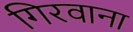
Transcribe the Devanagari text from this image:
गिरवाना